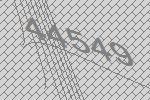
44549